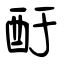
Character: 酑